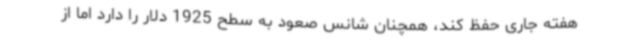
هفته جاری حفظ کند، همچنان شانس صعود به سطح 1925 دلار را دارد اما از